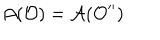
LaTeX: \mathcal { A } ( \mathcal { O } ) = \mathcal { A } ( \mathcal { O } ^ { \prime \prime } )